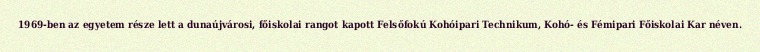
1969-ben az egyetem része lett a dunaújvárosi, főiskolai rangot kapott Felsőfokú Kohóipari Technikum, Kohó- és Fémipari Főiskolai Kar néven.